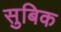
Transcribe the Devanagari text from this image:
सुबिक